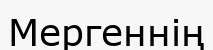
Мергеннің